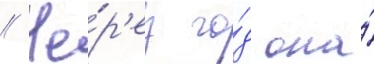
// Че́р'ез го́д она́